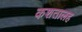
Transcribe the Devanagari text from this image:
कशतालह